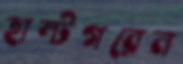
হাল্টগরেন